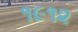
૧૯૧૨